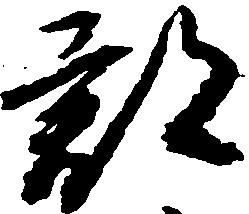
郡